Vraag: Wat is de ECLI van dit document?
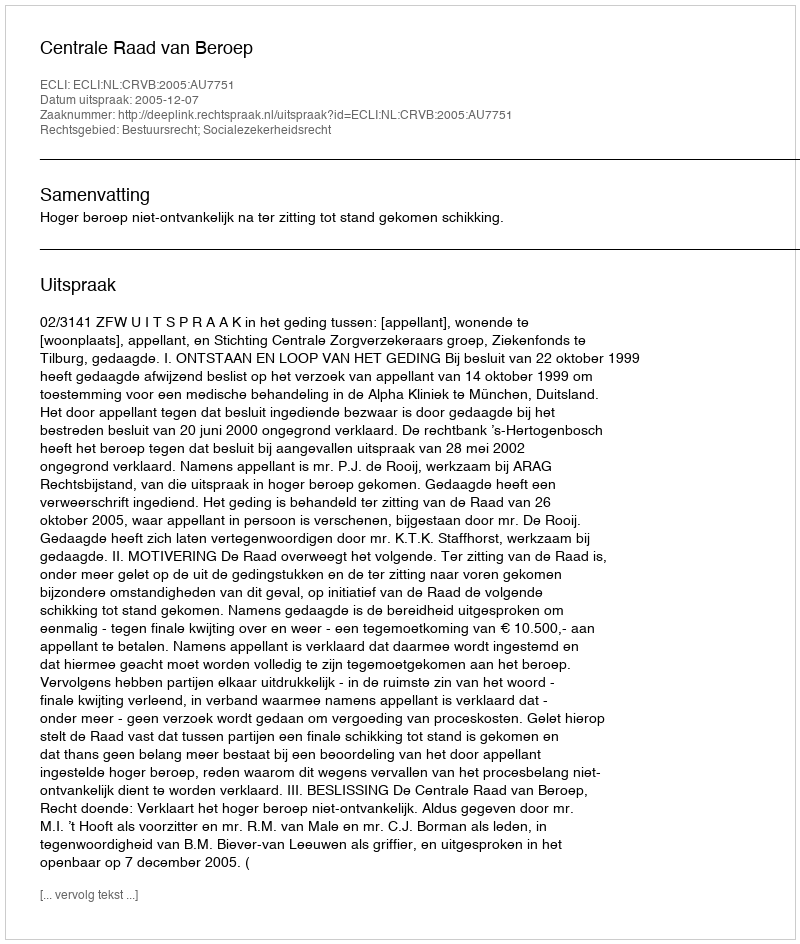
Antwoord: ECLI:NL:CRVB:2005:AU7751